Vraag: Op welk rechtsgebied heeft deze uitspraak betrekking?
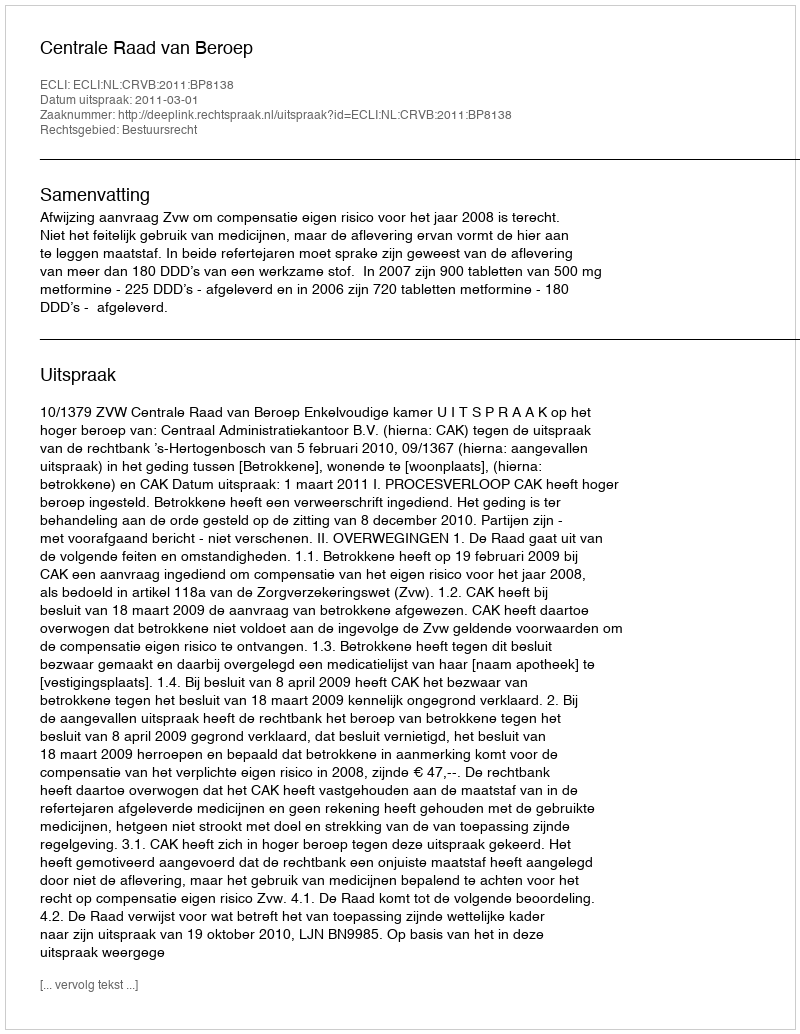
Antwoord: Bestuursrecht